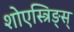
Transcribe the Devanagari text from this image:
शोएस्त्रिङ्स्